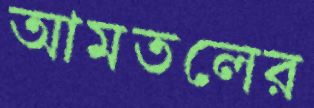
আমতলের